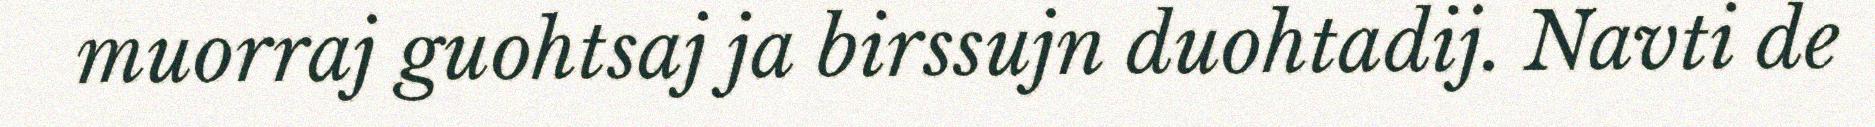
muorraj guohtsaj ja birssujn duohtadij. Navti de